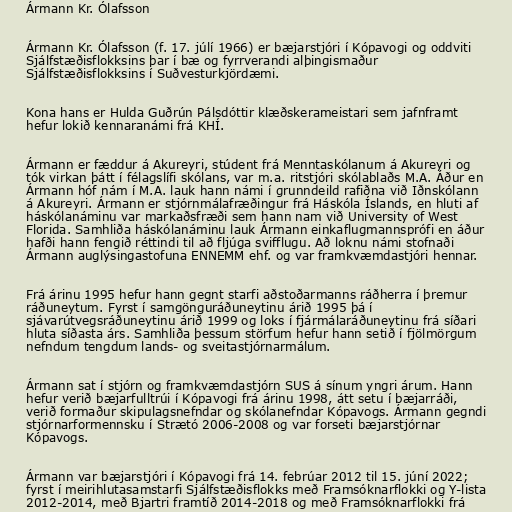
Ármann Kr. Ólafsson

Ármann Kr. Ólafsson (f. 17. júlí 1966) er bæjarstjóri í Kópavogi og oddviti
Sjálfstæðisflokksins þar í bæ og fyrrverandi alþingismaður
Sjálfstæðisflokksins í Suðvesturkjördæmi.

Kona hans er Hulda Guðrún Pálsdóttir klæðskerameistari sem jafnframt
hefur lokið kennaranámi frá KHÍ.

Ármann er fæddur á Akureyri, stúdent frá Menntaskólanum á Akureyri og
tók virkan þátt í félagslífi skólans, var m.a. ritstjóri skólablaðs M.A. Áður en
Ármann hóf nám í M.A. lauk hann námi í grunndeild rafiðna við Iðnskólann
á Akureyri. Ármann er stjórnmálafræðingur frá Háskóla Íslands, en hluti af
háskólanáminu var markaðsfræði sem hann nam við University of West
Florida. Samhliða háskólanáminu lauk Ármann einkaflugmannsprófi en áður
hafði hann fengið réttindi til að fljúga svifflugu. Að loknu námi stofnaði
Ármann auglýsingastofuna ENNEMM ehf. og var framkvæmdastjóri hennar.

Frá árinu 1995 hefur hann gegnt starfi aðstoðarmanns ráðherra í þremur
ráðuneytum. Fyrst í samgönguráðuneytinu árið 1995 þá í
sjávarútvegsráðuneytinu árið 1999 og loks í fjármálaráðuneytinu frá síðari
hluta síðasta árs. Samhliða þessum störfum hefur hann setið í fjölmörgum
nefndum tengdum lands- og sveitastjórnarmálum.

Ármann sat í stjórn og framkvæmdastjórn SUS á sínum yngri árum. Hann
hefur verið bæjarfulltrúi í Kópavogi frá árinu 1998, átt setu í bæjarráði,
verið formaður skipulagsnefndar og skólanefndar Kópavogs. Ármann gegndi
stjórnarformennsku í Strætó 2006-2008 og var forseti bæjarstjórnar
Kópavogs.

Ármann var bæjarstjóri í Kópavogi frá 14. febrúar 2012 til 15. júní 2022;
fyrst í meirihlutasamstarfi Sjálfstæðisflokks með Framsóknarflokki og Y-lista
2012-2014, með Bjartri framtíð 2014-2018 og með Framsóknarflokki frá